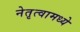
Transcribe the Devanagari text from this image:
नेतृत्वामध्ये